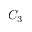
C _ { 3 }